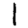
Digit: 1